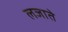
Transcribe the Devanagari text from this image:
लजाते